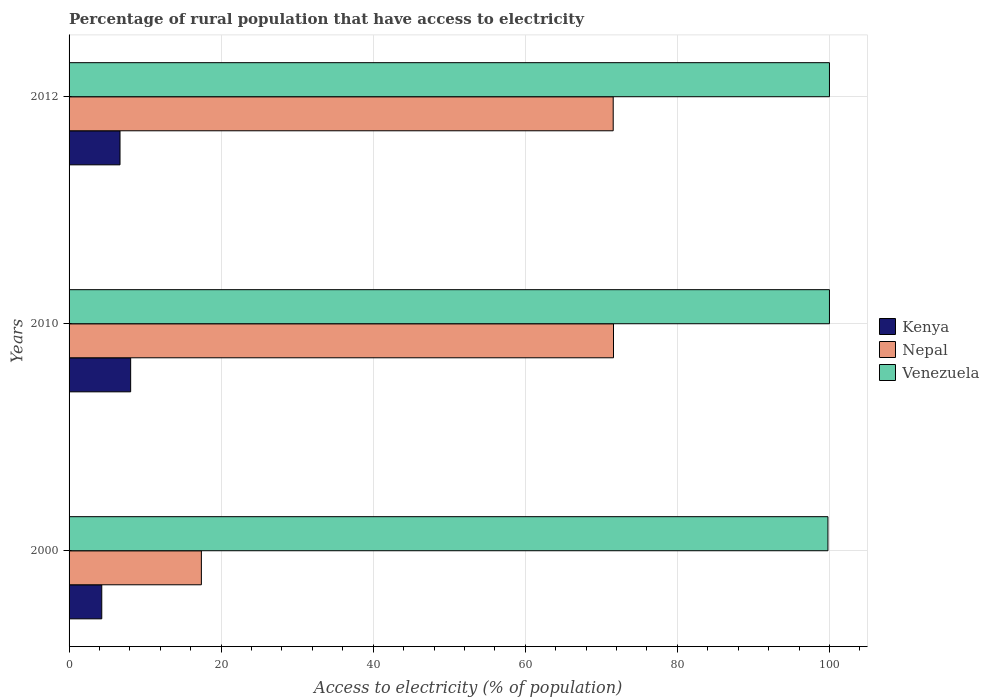
| Years | Kenya | Nepal | Venezuela |
 | --- | --- | --- | --- |
 | 2000 | 4.3 | 17.4 | 99.8 |
 | 2010 | 8.1 | 71.6 | 100 |
 | 2012 | 6.7 | 71.6 | 100 |